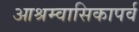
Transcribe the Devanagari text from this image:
आश्रम्वासिकापर्व